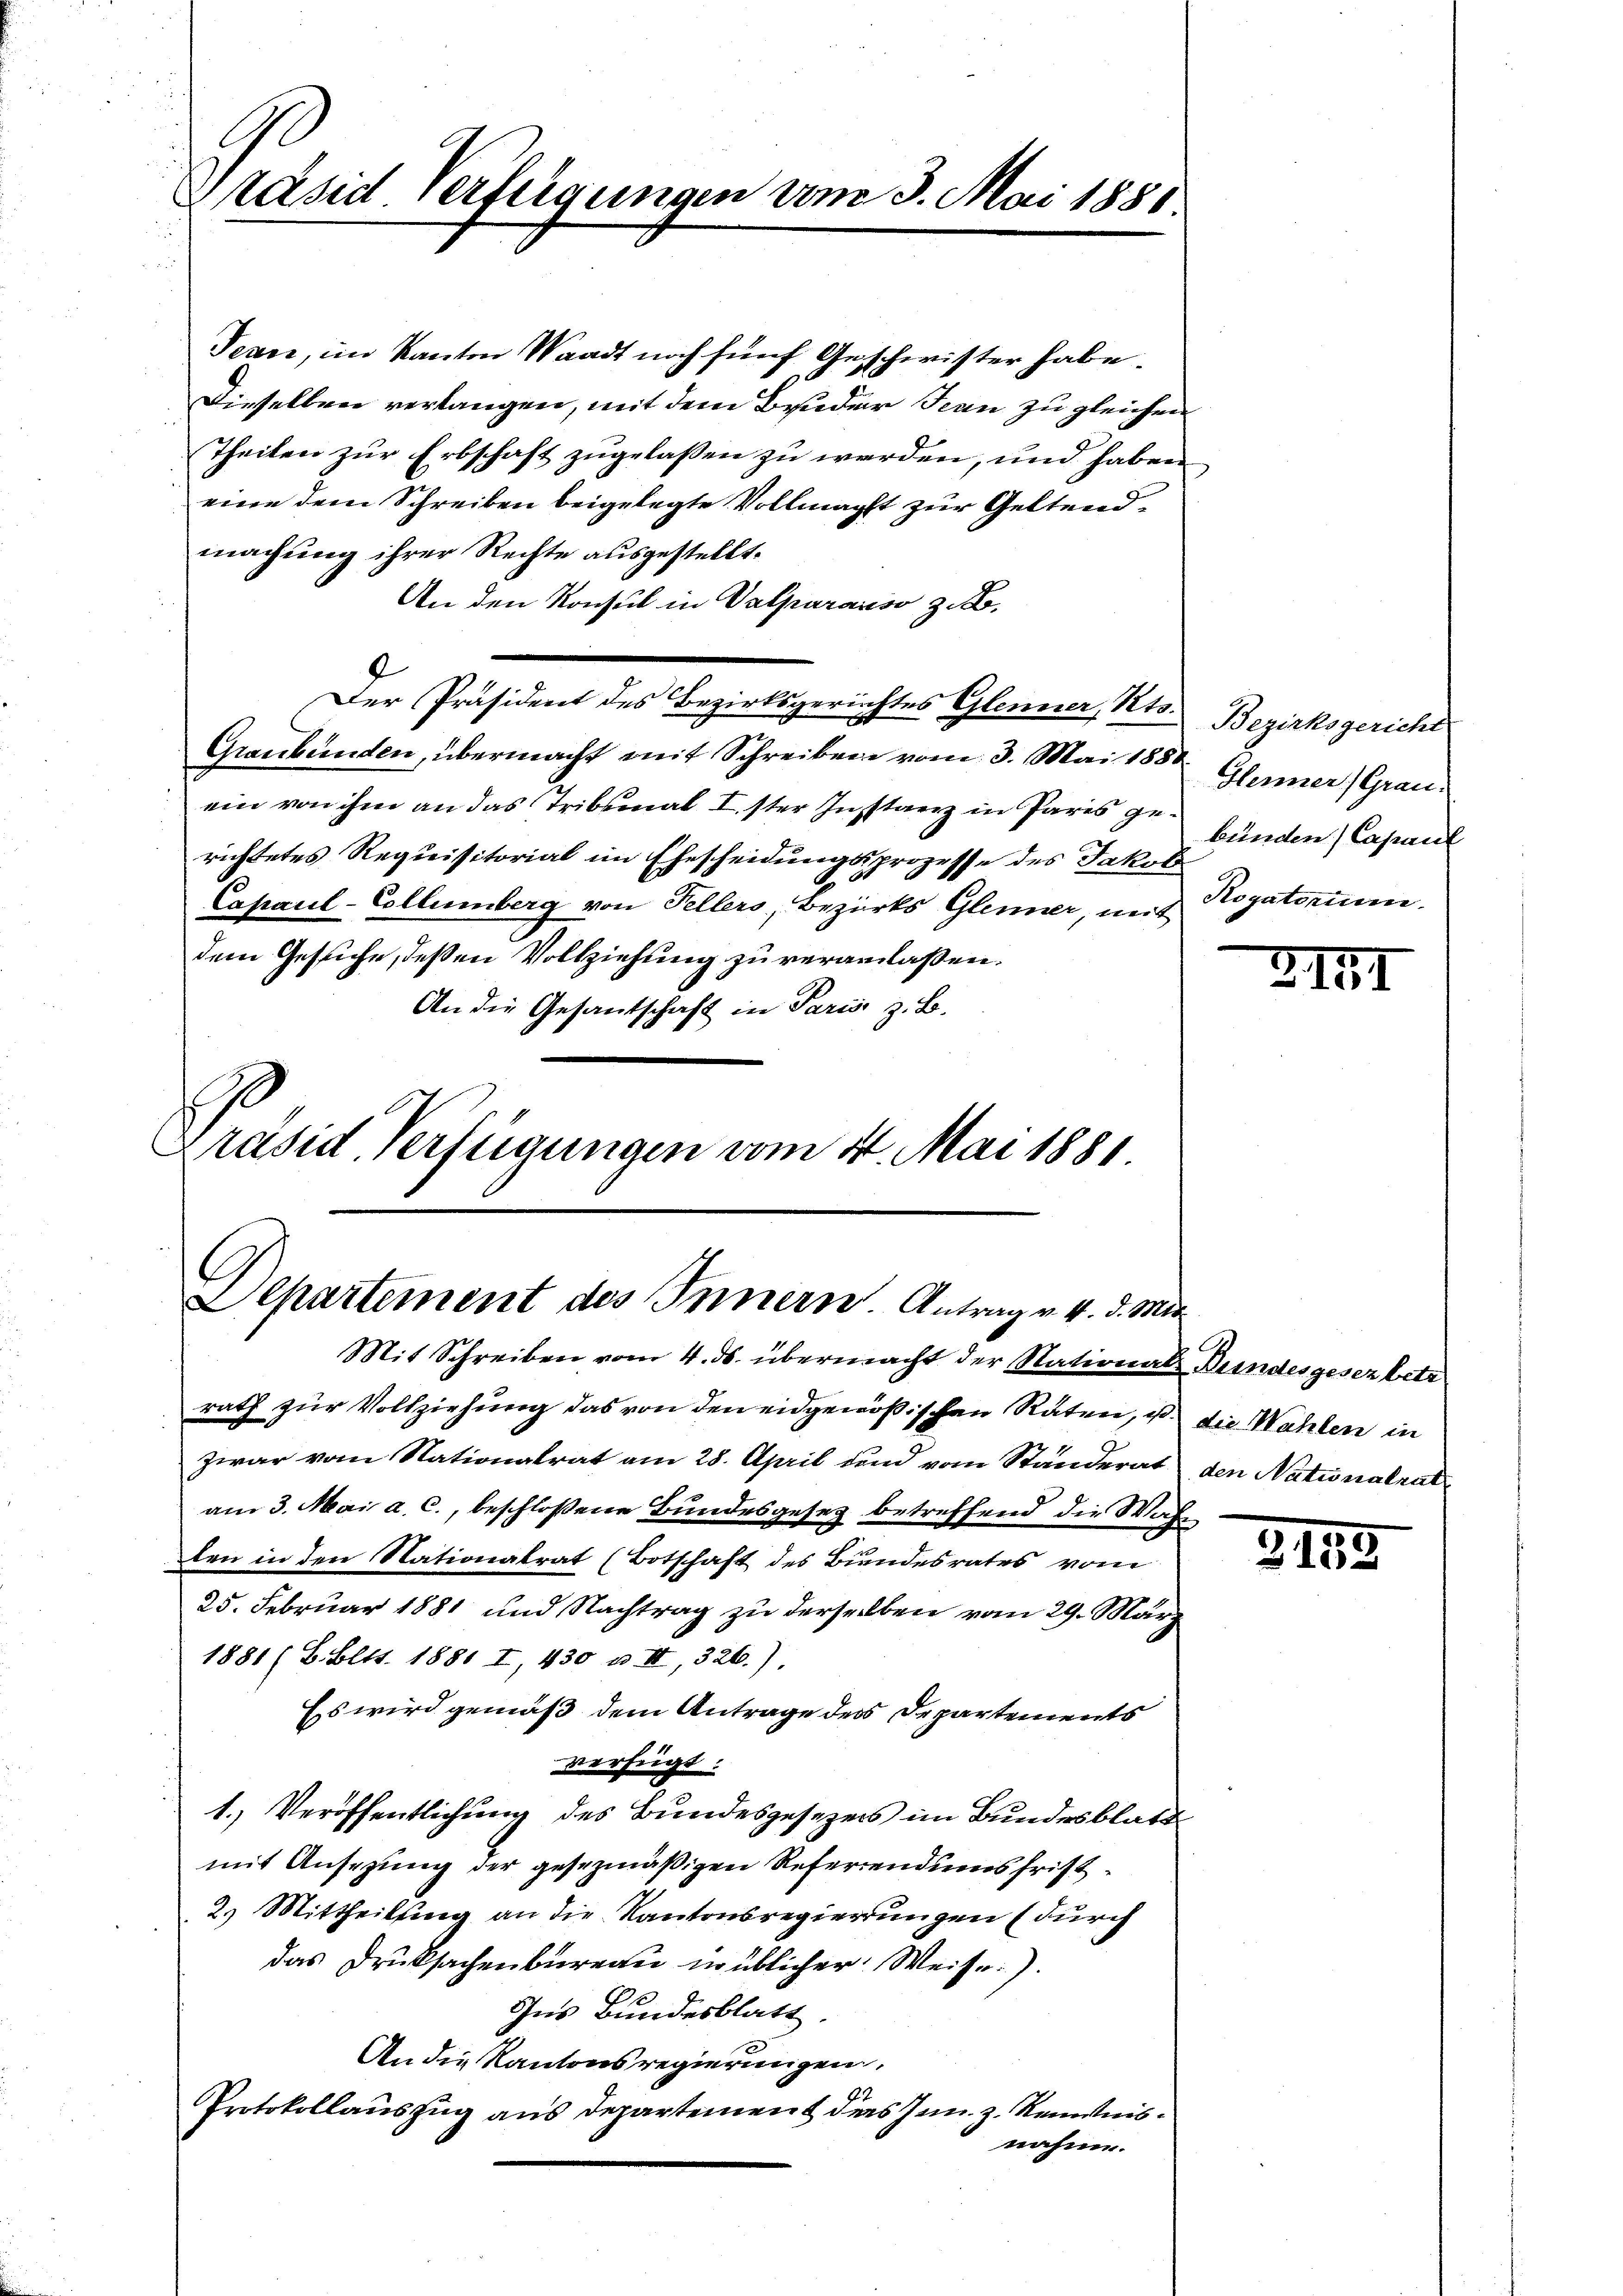
Präsid verfügungen am 3. Mai 1881.

Tean, im Kanton Waadt noch fünf Geschwister habe.
Dieselben verlangen, mit dem Bruder Jean zu gleichen
Theilen zur Erbschaft zugelassen zu werden, und haben
eine dem Schreiben beigelegte Vollmächt zur Geltendmachung ihrer Rechte ausgestellt.
An den Konsul in Valparariso z. B.
ein von ihm an das Tribunal Ister Instaerz in Paris gebunden Capaul
richtetes Requisitorial im Ehescheidungsprozesse des Jakob
Capauil-Collumberg von Fellers, Bezirks Glenner, mit
dem Gesuche, deßen Vollziehung zu veranlaßen.
An die Gesandtschaft in Paris z. B.
Präsid. Verfügungen vom 4. Mai 1881

Departement des Innern. Antrag v. 4. d. M.

Mit Schreiben vom 4. ds. übermacht der Nationals Bundesgesez betr
rath zur Vollziehung das von den eidgenößischen Raten, ist die Wahlen in
zwar vom Nationalrat am 28. April und vom Ständerat den Nationalrat
am 3. Mai a. c., beschlossene Bundesgesetz betreffend die Wahn
ben in den Nationalrat (Botschaft des Bundesrates vom
25. Februar 1881 und Nachtrag zu derselben vom 29. März
1881 (B. Bett. 1881 I, 430 u. II, 326.)
Es wird gemäß dem Antrage des Departements
verfügt:
1.) Veröffentlichung des Bundesgesezers im Bundesblatt
mit Ansezung der gesezmäßigen Referendumsfrist¬
2.) Mittheilung an die Kantonsregierungen (durch
das Drucksachenbureau üblicher Weise.)
Ins Bundesblatt.
An die Kantonsregierungen,
Protokollauszug aus Departement das Inn z. Kenntnisnahme.

Der Präsident des Bezirksgerichtes Glenner, Kts. Bezirksgericht
Graubünden, übermacht mit Schreiben vom 3. Mai 1850 Glarner Grau¬

Rogatorium.

2141

3153